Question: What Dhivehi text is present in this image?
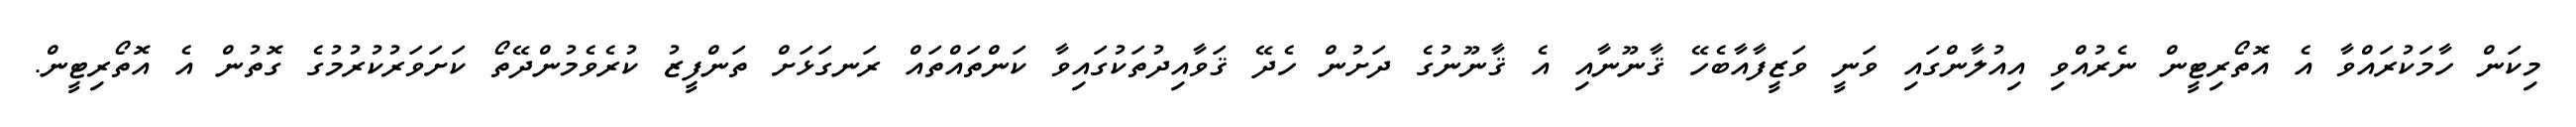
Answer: މިކަން ހާމަކުރައްވާ އެ އޮތޯރިޓީން ނެރުއްވި އިއުލާންގައި ވަނީ ވަޒީފާއާބެހޭ ޤާނޫނާއި އެ ޤާނޫނުގެ ދަށުން ހެދޭ ޤަވާއިދުތަކުގައިވާ ކަންތައްތައް ރަނގަޅަށް ތަންފީޒު ކުރެވެމުންދޭތޯ ކަށަވަރުކުރުމުގެ ގޮތުން އެ އޮތޯރިޓީން.